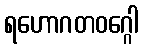
ရဟောဂတဝဂ္ဂေါ